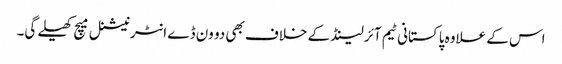
اس کے علاوہ پاکستانی ٹیم آئرلینڈ کے خلاف بھی دو ون ڈے انٹرنیشنل میچ کھیلے گی۔